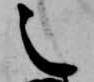
之